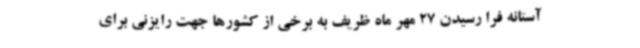
آستانه فرا رسیدن 27 مهر ماه ظریف به برخی از کشورها جهت رایزنی برای